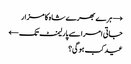
→ ہرے بھرے شاہ کا مزار
جاتی امرا سے پارلیمنٹ تک ←
عید کب ہوگی؟